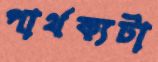
পার্থক্যটা